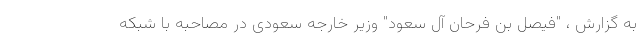
به گزارش ، "فیصل بن فرحان آل سعود" وزیر خارجه سعودی در مصاحبه با شبکه